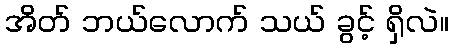
အိတ် ဘယ်လောက် သယ် ခွင့် ရှိလဲ။